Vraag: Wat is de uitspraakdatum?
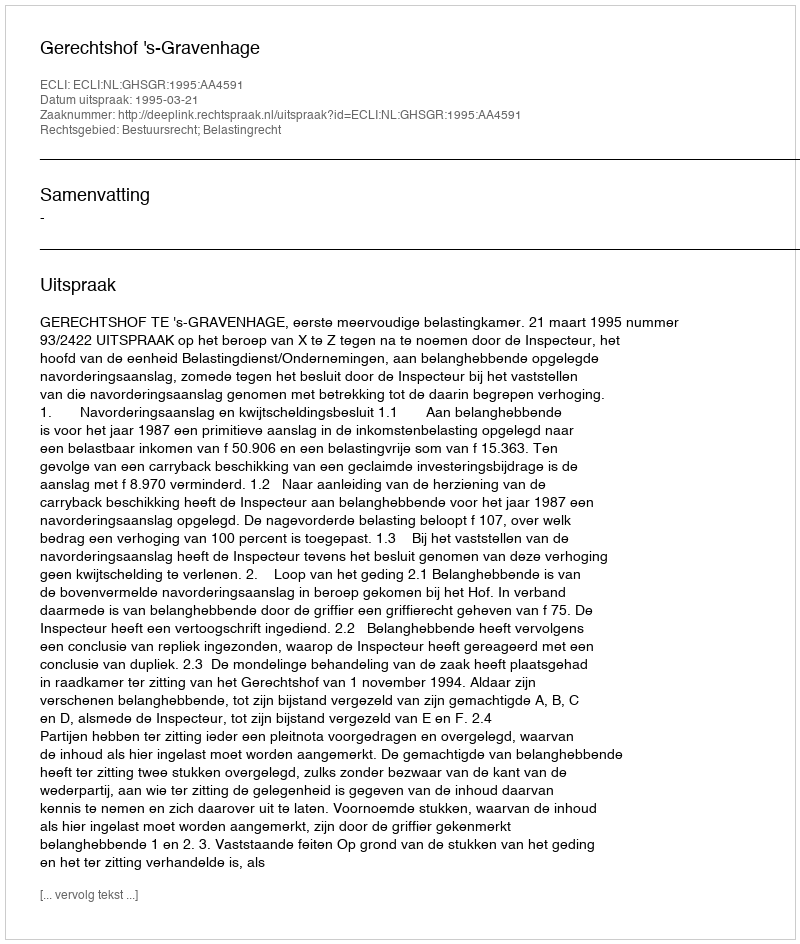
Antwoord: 1995-03-21